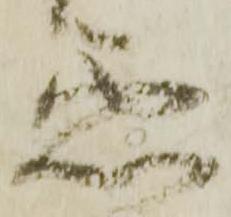
悪